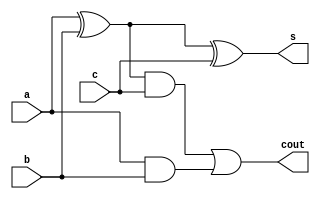
module full_adder(output s,output cout,input a,input b,input c);

	// 1-bit Full Adder module
	wire a,b,c;
	wire s,cout;
	wire t1,t2,t3;
	xor (t1,a,b);
	xor (s,t1,c);
	and(t2,t1,c);
	and(t3,a,b);
	or(cout,t2,t3);
endmodule